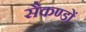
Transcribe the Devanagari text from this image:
सैकण्‍डों